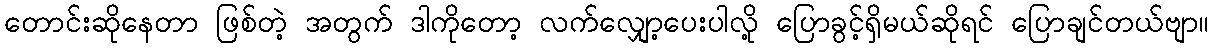
တောင်းဆိုနေတာ ဖြစ်တဲ့ အတွက် ဒါကိုတော့ လက်လျှော့ပေးပါလို့ ပြောခွင့်ရှိမယ်ဆိုရင် ပြောချင်တယ်ဗျာ။